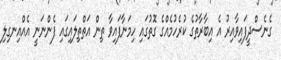
ގެނެސްދީފައިވާއިރު އެ އިބާރާތުގެ ކުރެހުމެއްގެ ގޮތުގައި ހިމަނާފައިވާ ތިން އަތްތިލައިގައި ފެންނަނީ އެއްއިނގިލި